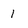
Character: I